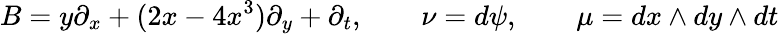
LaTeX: B=y\partial_{x}+(2x-4x^{3})\partial_{y}+\partial_{t},\qquad\nu=d\psi,\qquad\mu=dx\wedge dy\wedge dt